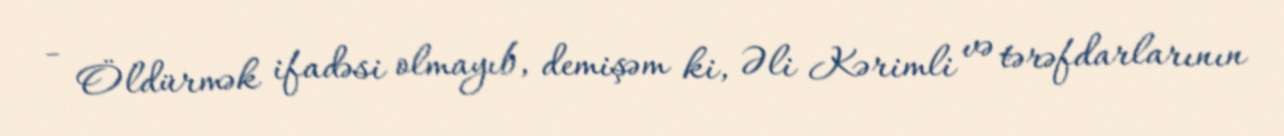
- Öldürmək ifadəsi olmayıb, demişəm ki, Əli Kərimli və tərəfdarlarının